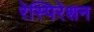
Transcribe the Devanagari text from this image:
रेस्पिरेशन